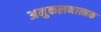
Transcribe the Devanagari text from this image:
अनुकलनात्मक